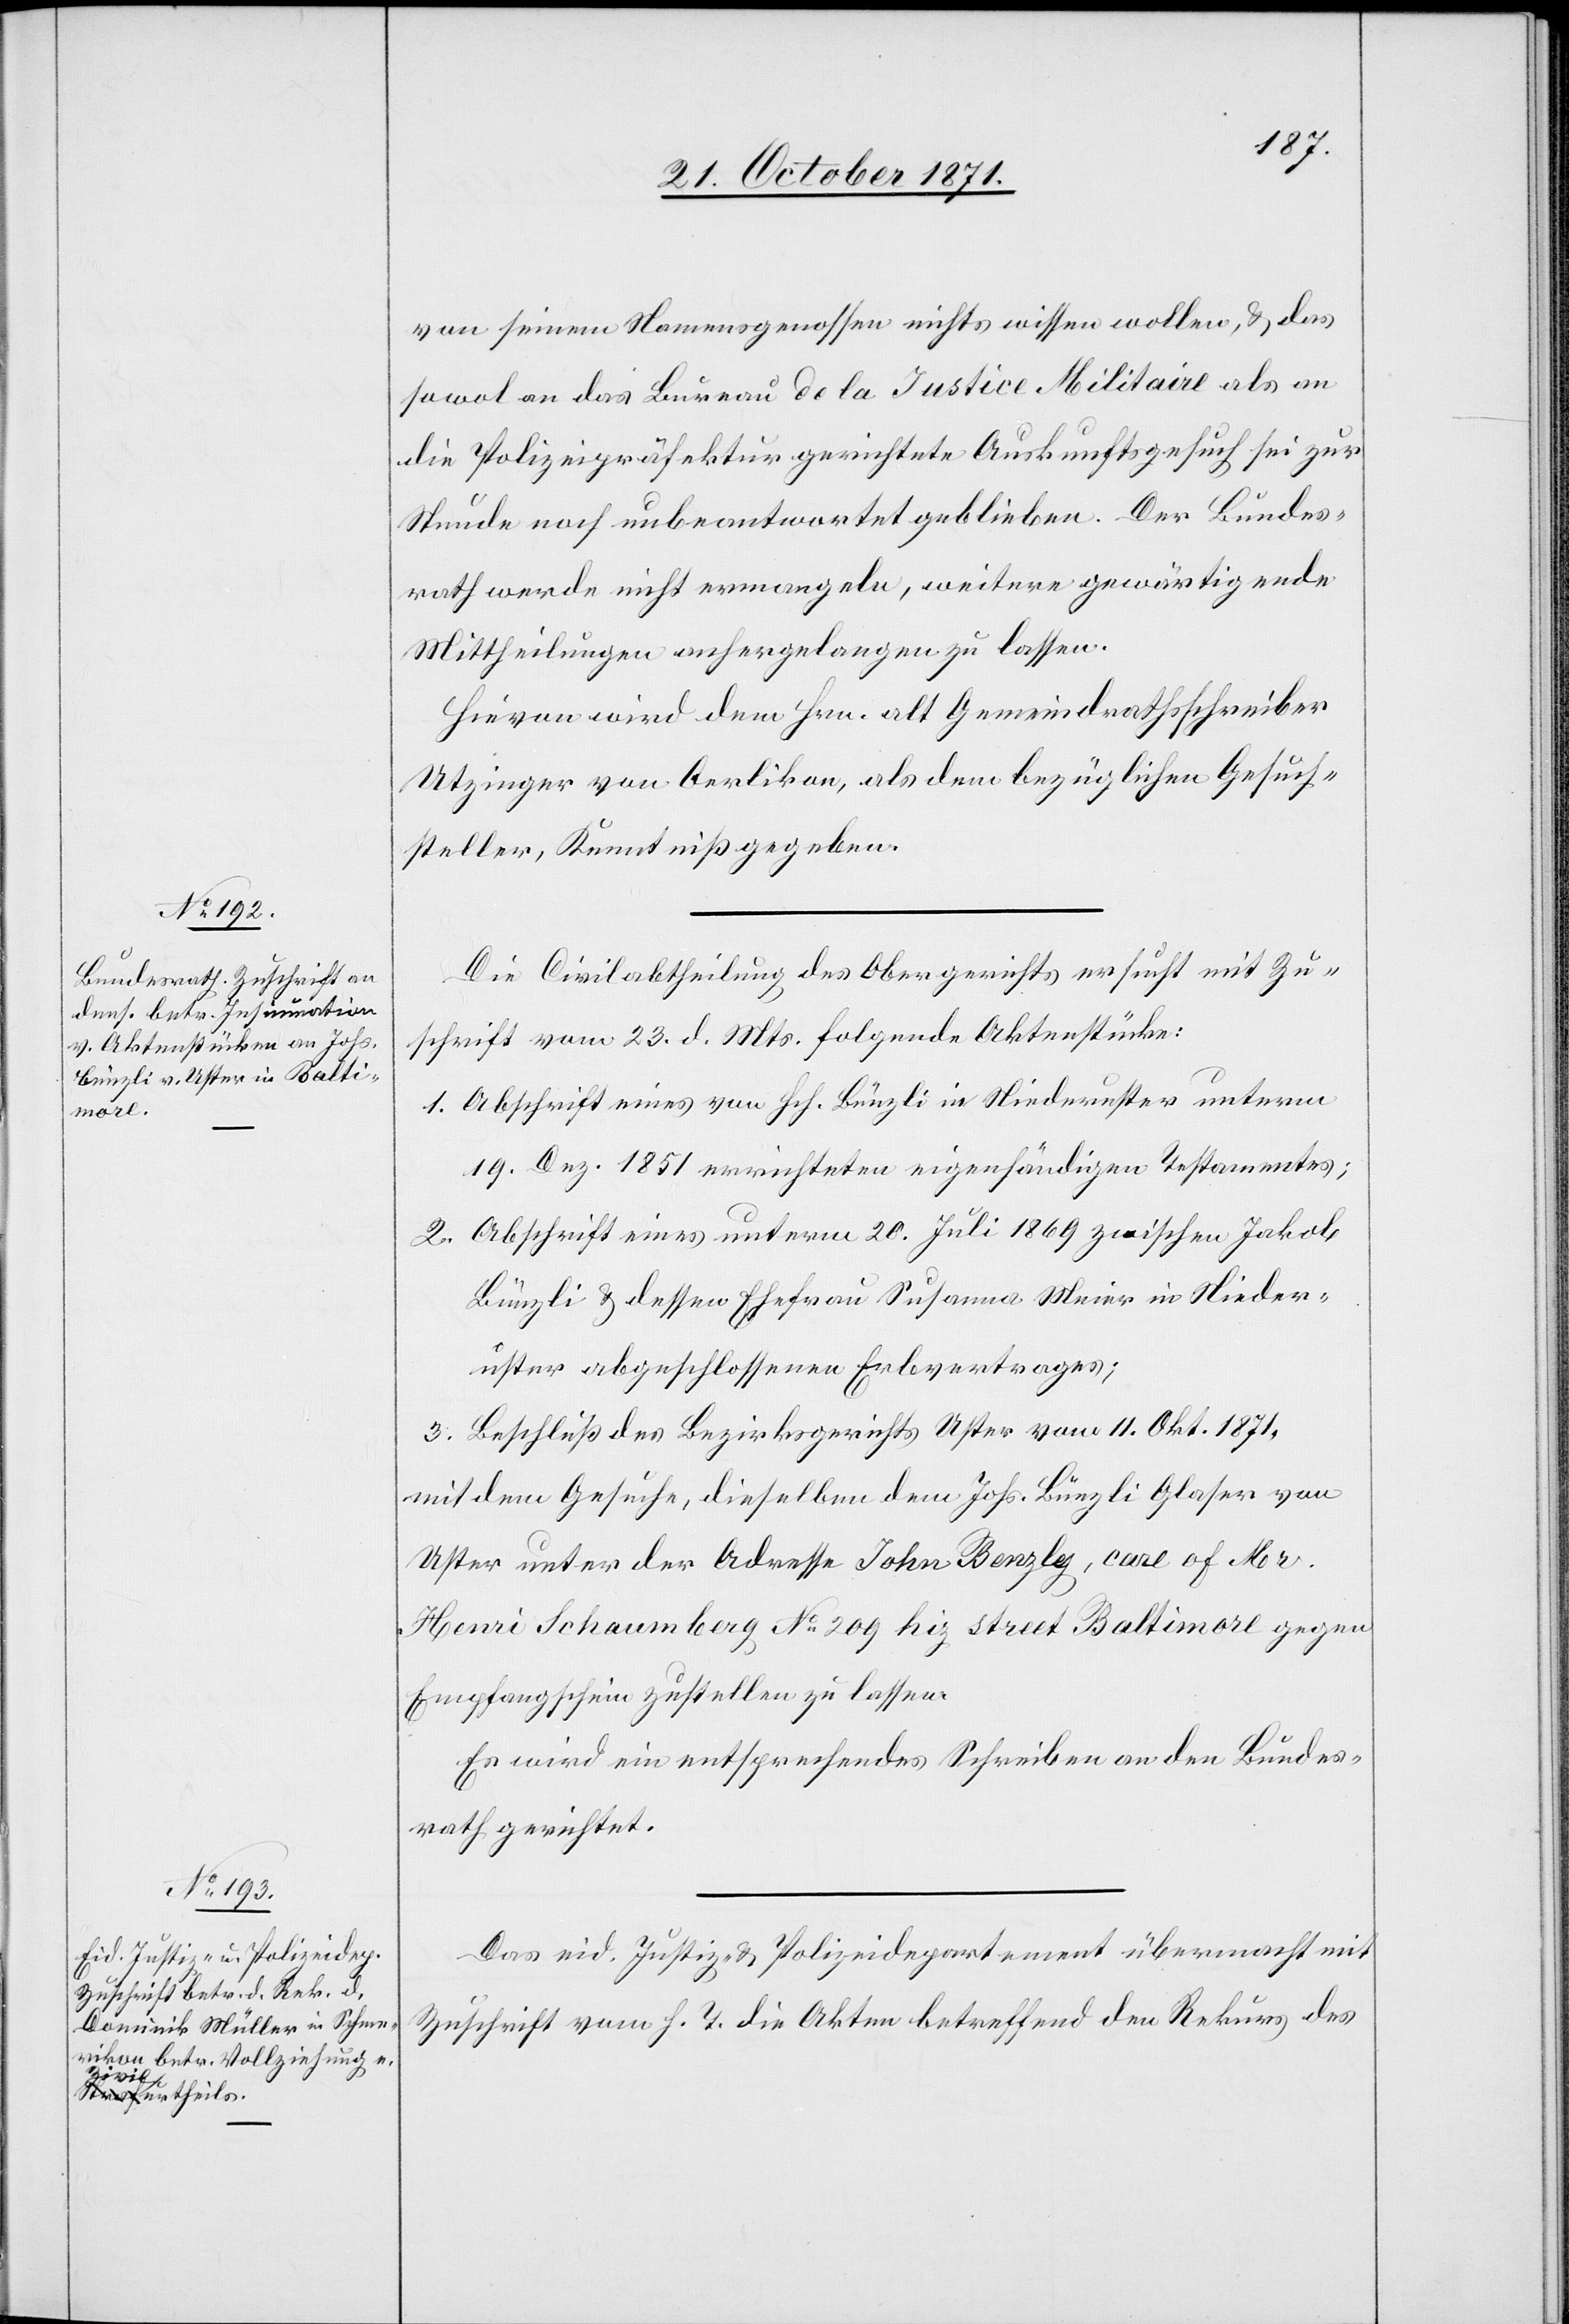
25. October 1871.]
von seinem Namensgenossen nichts wissen wollen, & das
sowol an das Bureau de la Justice Militaire als an
die Polizeipräfektur gerichtete Auskunftsgesuch sei zur
Stunde noch unbeantwortet geblieben. Der Bundes¬
rath werde nicht ermangeln, weitere gewärtigende
Mittheilungen anhergelangen zu lassen.
Hievon wird dem Hrn. alt Gemeindrathsschreiber
Utzinger von Oerlikon, als dem bezüglichen Gesuch¬
steller, Kenntniß gegeben.
Die Civilabtheilung des Obergerichts ersucht mit Zu¬
schrift vom 23. d. Mts. folgende Akenstücke:
1. Abschrift eines von Hch. Bünzli in Niederuster unterm
19. Dez. 1851 errichteten eigenhändigen Testamentes;
2. Abschrift eines unterm 20. Juli 1869 zwischen Jakob
Bünzli & dessen Ehefrau Susanna Meier in Nieder¬
uster abgeschlossenen Erbvertrages;
3. Beschluß des Bezirksgerichts Uster vom 11. Okt. 1871,
mit dem Gesuche, dieselben dem Jos. Bünzli Glaser von
Uster unter der Adresse John Benzly, care of Mr.
Henri Schaumberg No 209 hig[h?] street Baltimore gegen
Empfangschein zustellen zu lassen.
Es wird ein entsprechendes Schreiben an den Bundes¬
rath gerichtet.
Das eid. Justiz- & Polizeidepartement übermacht mit
Zuschrift vom h. T. die Akten betreffend den Rekurs des